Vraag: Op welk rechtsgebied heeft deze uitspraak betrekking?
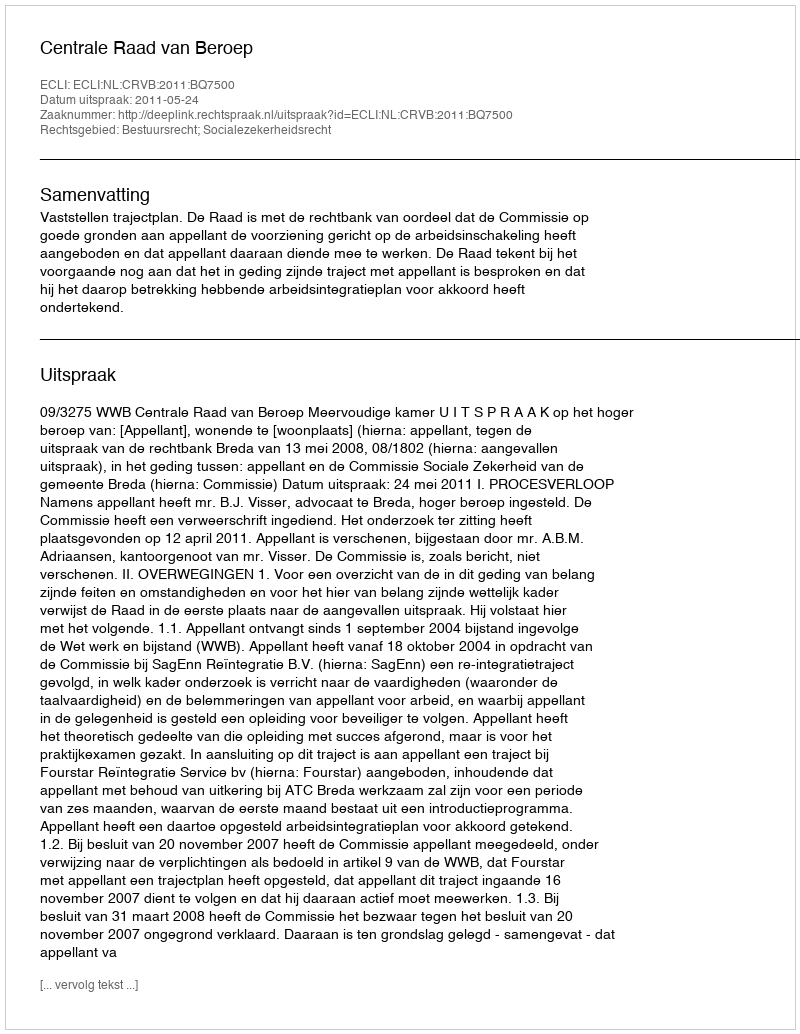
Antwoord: Bestuursrecht; Socialezekerheidsrecht